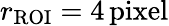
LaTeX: r_{\mathrm{ROI}}=4\, \mathrm{pixel}